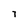
Character: 7